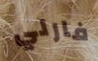
فارلي